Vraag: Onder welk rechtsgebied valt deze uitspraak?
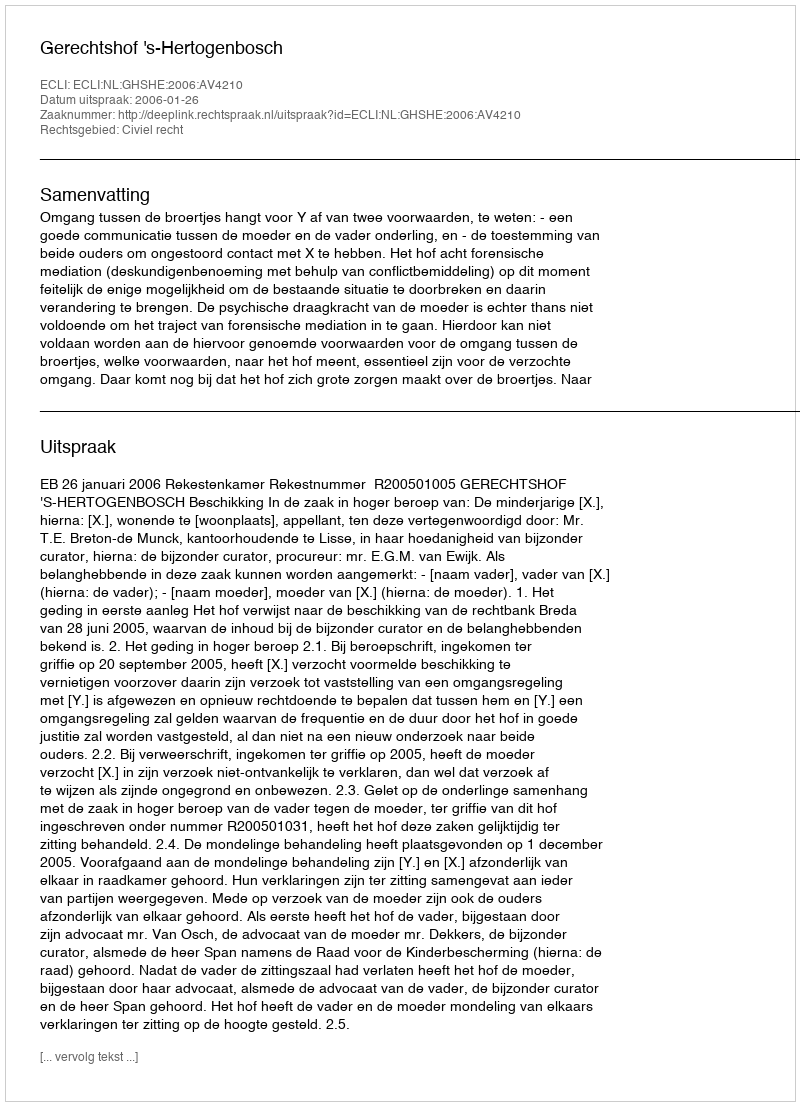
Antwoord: Civiel recht